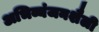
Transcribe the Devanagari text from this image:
अभिव्यंजनशैली